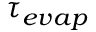
\tau _ { e v a p }